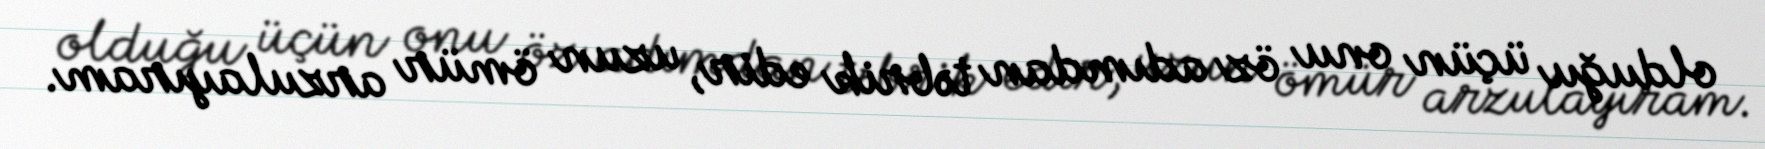
olduğu üçün onu öz adımdan təbrik edir, uzun ömür arzulayıram.